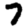
Digit: 7